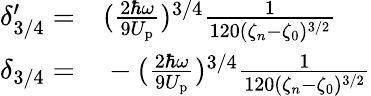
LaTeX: \begin{array}{rl}{\delta_{3/4}^{\prime}=}&{{}(\frac{2\hbar\omega}{9U_{\mathrm{p}}})^{3/4}\frac{1}{120(\zeta_{n}-\zeta_{0})^{3/2}}}\\ {\delta_{3/4}=}&{{}-(\frac{2\hbar\omega}{9U_{\mathrm{p}}})^{3/4}\frac{1}{120(\zeta_{n}-\zeta_{0})^{3/2}}}\end{array}